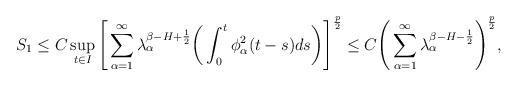
LaTeX: \begin{align*}S_1\le C \sup_{t \in I} \Bigg[\sum_{\alpha=1}^\infty \lambda_\alpha^{\beta-H+\frac12} \bigg(\int_0^t \phi_\alpha^2(t-s) ds\bigg) \Bigg]^\frac p2\le C \Bigg(\sum_{\alpha=1}^\infty \lambda_\alpha^{\beta-H-\frac{1}{2}} \Bigg)^\frac p2,\end{align*}